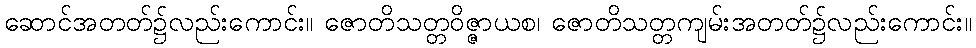
ဆောင်အတတ်၌လည်းကောင်း။ ဇောတိသတ္တဝိဇ္ဇာယစ၊ ဇောတိသတ္တကျမ်းအတတ်၌လည်းကောင်း။